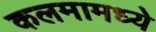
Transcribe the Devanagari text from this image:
कलमामध्ये